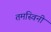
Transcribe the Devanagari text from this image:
तमस्विनी